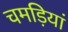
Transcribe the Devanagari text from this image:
चमड़ियां